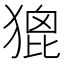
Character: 𤠞